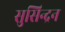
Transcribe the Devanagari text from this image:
सुसिन्द्रन